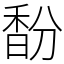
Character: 馚